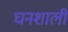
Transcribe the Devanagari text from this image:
घनशाली